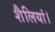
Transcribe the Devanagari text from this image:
शैलियां।